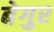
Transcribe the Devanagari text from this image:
बेगुर